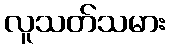
လူသတ်သမား